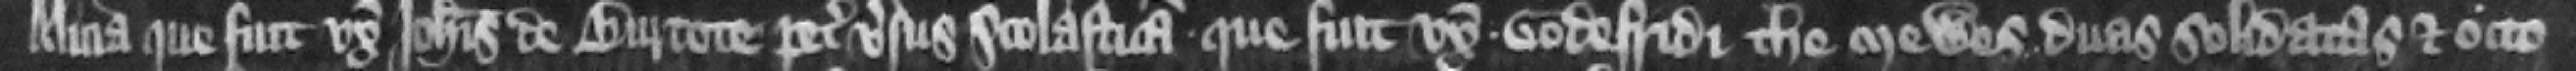
Alicia que fuit vxor Iohannis de Burcote petit versus Scolasticam que fuit vxor Godefridi the Mewes duas solidatas et octo